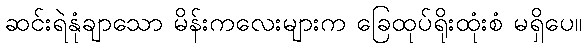
ဆင်းရဲနုံချာသော မိန်းကလေးများက ခြေထုပ်ရိုးထုံးစံ မရှိပေ။